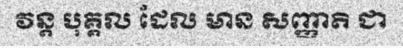
វន្ត បុគ្គល ដែល មាន សញ្ញាតិ ជា